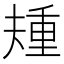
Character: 𫯰